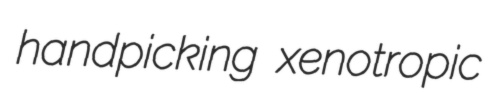
handpicking xenotropic